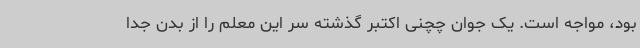
بود، مواجه است. یک جوان چچنی اکتبر گذشته سر این معلم را از بدن جدا